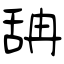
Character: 舑